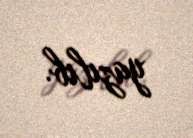
yazılıb.